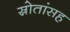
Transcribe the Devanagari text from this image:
स्रोतांसह